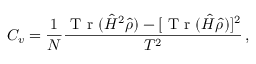
C _ { v } = \frac { 1 } { N } \frac { \mathrm { ~ T ~ r ~ } ( \hat { H } ^ { 2 } \hat { \rho } ) - [ \mathrm { ~ T ~ r ~ } ( \hat { H } \hat { \rho } ) ] ^ { 2 } } { T ^ { 2 } } \, ,